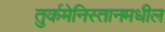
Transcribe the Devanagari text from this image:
तुर्कमेनिस्तानमधील